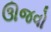
ઊજવો